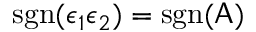
\mathrm { s g n } ( \epsilon _ { 1 } \epsilon _ { 2 } ) = \mathrm { s g n } ( \mathsf { A } )